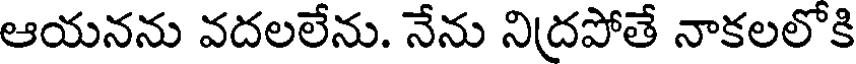
ఆయనను వదలలేను. నేను నిద్రపోతే నాకలలోకి